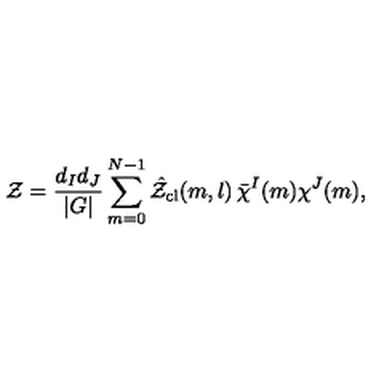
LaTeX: { \cal Z } = \frac { d _ { I } d _ { J } } { | G | } \sum _ { m = 0 } ^ { N - 1 } \hat { \cal Z } _ { \mathrm { c l } } ( m , l ) \thinspace \bar { \chi } ^ { I } ( m ) \chi ^ { J } ( m ) ,